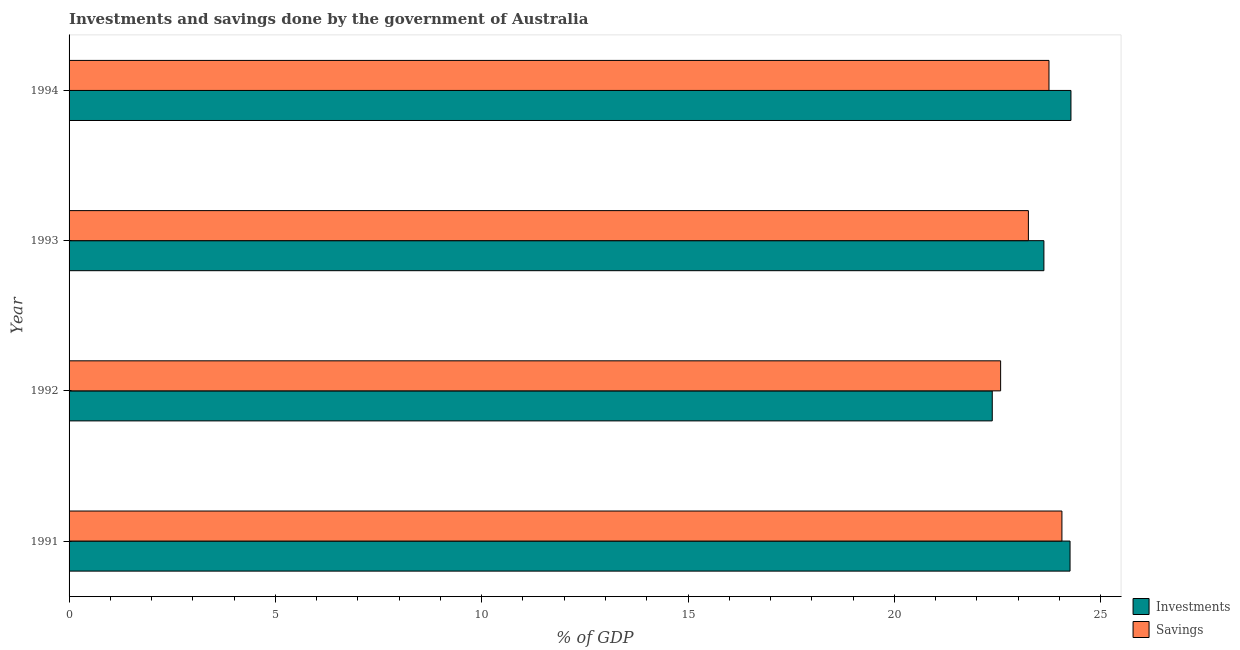
| Year | Investments | Savings |
 | --- | --- | --- |
 | 1991 | 24.3 | 24.1 |
 | 1992 | 22.4 | 22.6 |
 | 1993 | 23.6 | 23.2 |
 | 1994 | 24.3 | 23.7 |